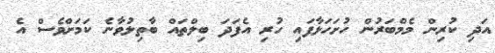
އަދި ކުރިން މެމްބަރުން ހުށަހަޅާފައި ހުރި އެފަދަ ބިލްތައް ބާތިލުވާނެ ކަމަށްވެސް އެ